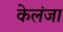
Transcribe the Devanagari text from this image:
केलंजा